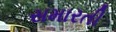
સમારતી